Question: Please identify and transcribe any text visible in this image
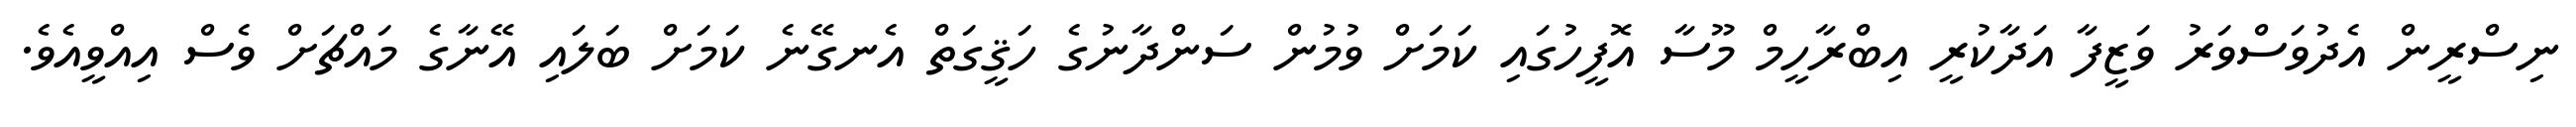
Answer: ނިސްރީން އެދުވަސްވަރު ވަޒީފާ އަދާކުރީ އިބްރާހީމް މޫސާ އޮފީހުގައި ކަމަށް ވުމުން ސަންދާނުގެ ހަޤީގަތް އެނގޭނެ ކަމަށް ބަލައި އޭނާގެ މައްޗަށް ވެސް އިއްވީއެވެ.